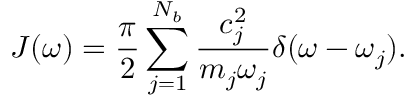
J ( \omega ) = \frac { \pi } { 2 } \sum _ { j = 1 } ^ { N _ { b } } \frac { c _ { j } ^ { 2 } } { m _ { j } \omega _ { j } } \delta ( \omega - \omega _ { j } ) .